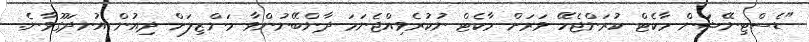
"ޑެސްޓިނޭޝަން މާކެޓް ކުރަންޖެހޭ ވަރަށް މާކެޓް ނުކުރެވިއްޖެނަމަ ދާންބޭނުންވާ މަންޒިލަށް ދިއުން އުނދަގޫވާނެ.